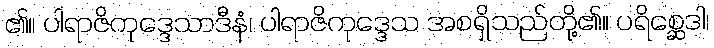
၏။ ပါရာဇိကုဒ္ဒေသာဒီနံ၊ ပါရာဇိကုဒ္ဒေသ အစရှိသည်တို့၏။ ပရိစ္ဆေဒါ၊